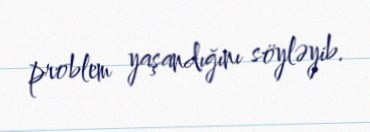
problem yaşandığını söyləyib.